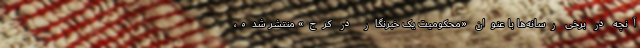
آنچه در برخی رسانه‌ها با عنوان «محکومیت یک خبرنگار در کرج» منتشر شده،